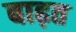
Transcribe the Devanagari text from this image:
बाढ़त